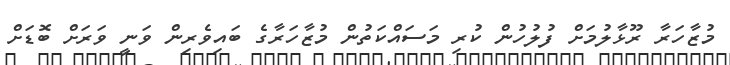
މުޒާހަރާ ރޫޅާލުމަށް ފުލުހުން ކުރި މަސައްކަތުން މުޒާހަރާގެ ބައިވެރިން ވަނީ ވަރަށް ބޮޑަށް